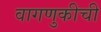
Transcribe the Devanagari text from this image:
वागणुकीची